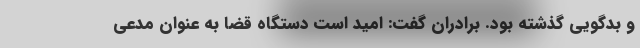
و بدگویی گذشته بود. برادران گفت: امید است دستگاه قضا به عنوان مدعی